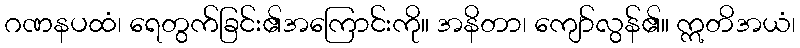
ဂဏနပထံ၊ ရေတွက်ခြင်း၏အကြောင်းကို။ အနိတာ၊ ကျော်လွန်၏။ ဣတိအယံ၊